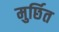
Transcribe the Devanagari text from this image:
मुर्छित